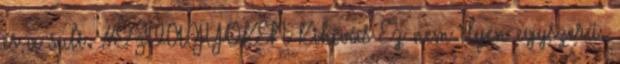
és a suli. #EZVAGYOKÉN Kihívás Ez nem ilyen egyszerű.